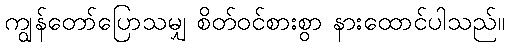
ကျွန်တော်ပြောသမျှ စိတ်ဝင်စားစွာ နားထောင်ပါသည်။